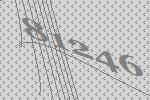
81246